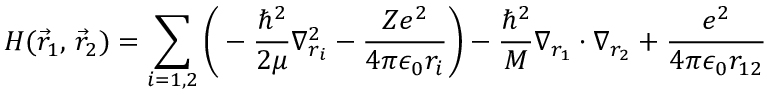
H ( { \vec { r } } _ { 1 } , \, { \vec { r } } _ { 2 } ) = \sum _ { i = 1 , 2 } { \Bigg ( } - { \frac { \hbar ^ { 2 } } { 2 \mu } } \nabla _ { r _ { i } } ^ { 2 } - { \frac { Z e ^ { 2 } } { 4 \pi \epsilon _ { 0 } r _ { i } } } { \Bigg ) } - { \frac { \hbar ^ { 2 } } { M } } \nabla _ { r _ { 1 } } \cdot \nabla _ { r _ { 2 } } + { \frac { e ^ { 2 } } { 4 \pi \epsilon _ { 0 } r _ { 1 2 } } }